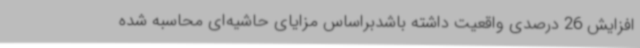
افزایش 26 درصدی واقعیت داشته باشدبراساس مزایای حاشیه‌ای محاسبه شده